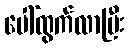
ပေါ်ထွက်လာပြီး